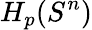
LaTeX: H_{p}(S^{n})